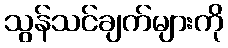
သွန်သင်ချက်များကို